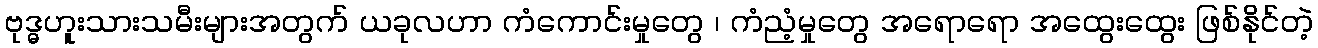
ဗုဒ္ဓဟူးသားသမီးများအတွက် ယခုလဟာ ကံကောင်းမှုတွေ ၊ ကံညံ့မှုတွေ အရောရော အထွေးထွေး ဖြစ်နိုင်တဲ့